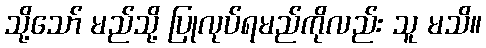
သို့သော် မည်သို့ ပြုလုပ်ရမည်ကိုလည်း သူ မသိ။